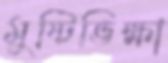
মুষ্টিভিক্ষা